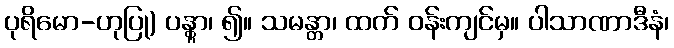
ပုရိမော-ဟုပြု) ပန္တွာ၊ ၍။ သမန္တာ၊ ထက် ဝန်းကျင်မှ။ ပါသာဏာဒီနံ၊